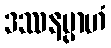
ဒဿနမ္ပာဟံ